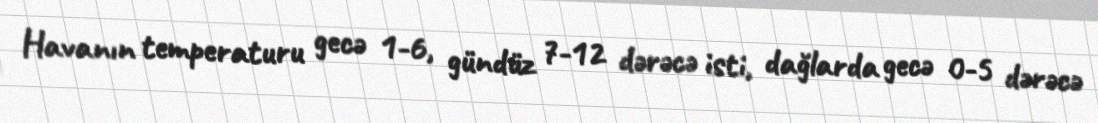
Havanın temperaturu gecə 1-6, gündüz 7-12 dərəcə isti, dağlarda gecə 0-5 dərəcə